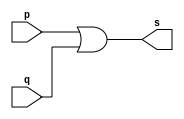
// ------------------------- 
// Exemplo0004 - OR 
// Nome: Eduardo de Figueiredo Junior
// ------------------------- 
// ------------------------- 
// -- or gate 
// ------------------------- 
module orgate ( output s,input p, q); 
assign s = p | q; 
endmodule // orgate 
// --------------------- 
// -- test or gate 
// --------------------- 
module testorgate; 
// ------------------------- dados locais 
reg a, b; // definir registradores 
wire s; // definir conexao (fio) 
// ------------------------- instancia 
orgate OR1 (s, a, b); 
// ------------------------- preparacao 
initial begin:start 
// atribuicao simultanea 
// dos valores iniciais 
a=0; b=0; 
end 
// ------------------------- parte principal 
initial begin 
$display("Exemplo0004 - Eduardo de Figueiredo Junior - 451550"); 
$display("Test OR gate"); 
$display("\na | b = s\n"); 
a=0; b=0; 
#1 $display("%b | %b = %b", a, b, s); 
a=0; b=1; 
#1 $display("%b | %b = %b", a, b, s); 
a=1; b=0; 
#1 $display("%b | %b = %b", a, b, s); 
a=1; b=1; 
#1 $display("%b | %b = %b", a, b, s); 
end 
endmodule // testorgate